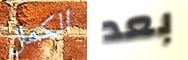
الكمال بعد